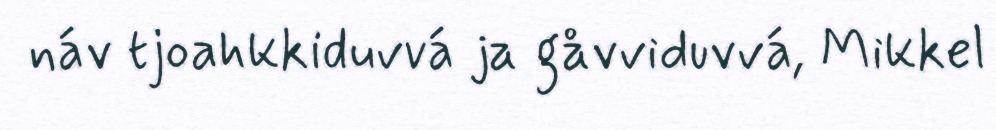
náv tjoahkkiduvvá ja gåvviduvvá, Mikkel